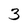
Character: 3